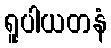
ရူပါယတနံ